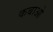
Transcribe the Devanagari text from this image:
कबाओ